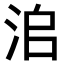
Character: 𣳨